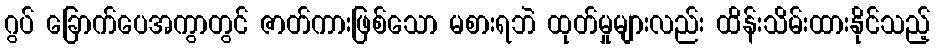
ဂွပ် ခြောက်ပေအကွာတွင် ဇာတ်ကားဖြစ်သော မစားရဘဲ ထုတ်မှုများလည်း ထိန်းသိမ်းထားနိုင်သည့်